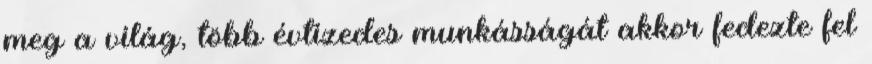
meg a világ, több évtizedes munkásságát akkor fedezte fel